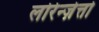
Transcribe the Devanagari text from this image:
लोरेन्ज़ेत्तो